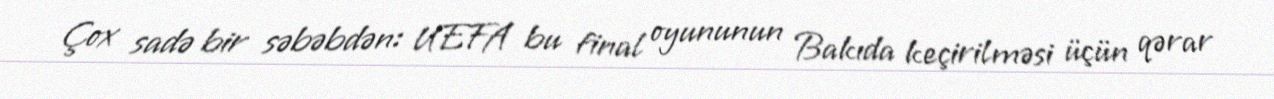
Çox sadə bir səbəbdən: UEFA bu final oyununun Bakıda keçirilməsi üçün qərar